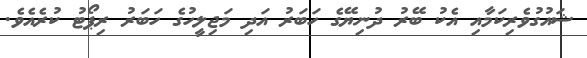
ޝައުގުވެރިކަމާއި އެކު ބޭރު ދުނިޔޭގެ ހަބަރު އަދި މަޖިލީހުގެ ހަބަރު ރިޕޯޓު ކުރެއެވެ.